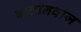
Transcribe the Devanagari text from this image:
बन्दानवाज